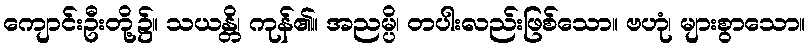
ကျောင်းဦးတို့၌။ သယန္တိ၊ ကုန်၏။ အညမ္ပိ၊ တပါးလည်းဖြစ်သော။ ဗဟုံ၊ များစွာသော။